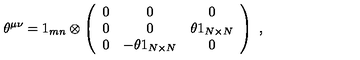
\theta ^ { \mu \nu } = 1 _ { m n } \otimes \left( \begin{array} { c c c } { 0 } & { 0 } & { 0 } \\ { 0 } & { 0 } & { \theta 1 _ { N \times N } } \\ { 0 } & { - \theta 1 _ { N \times N } } & { 0 } \\ \end{array} \right) \ ,